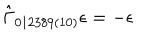
LaTeX: \hat { \Gamma } _ { 0 1 2 3 8 9 ( 1 0 ) } \epsilon = - \epsilon